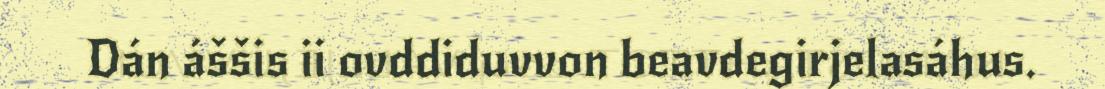
Dán áššis ii ovddiduvvon beavdegirjelasáhus.